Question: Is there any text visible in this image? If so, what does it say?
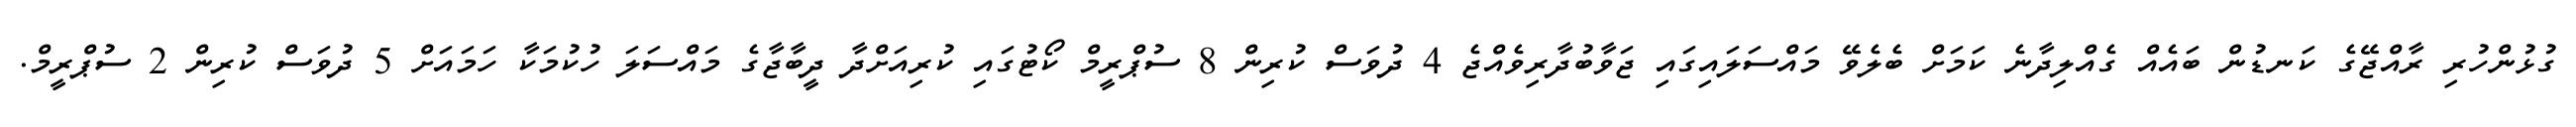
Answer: ގުޅުންހުރި ރާއްޖޭގެ ކަނޑުން ބައެއް ގެއްލިދާނެ ކަމަށް ބެލެވޭ މައްސަލައިގައި ޖަވާބުދާރިވެއްޖެ 4 ދުވަސް ކުރިން 8 ސުޕްރީމް ކޯޓުގައި ކުރިއަށްދާ ދީބާޖާގެ މައްސަލަ ހުކުމަކާ ހަމައަށް 5 ދުވަސް ކުރިން 2 ސުޕްރީމް.